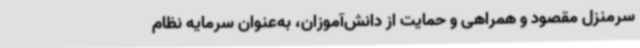
سرمنزل مقصود و همراهی و حمایت از دانش‌آموزان، به‌عنوان سرمایه نظام